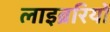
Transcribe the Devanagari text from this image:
लाइब्ररियों